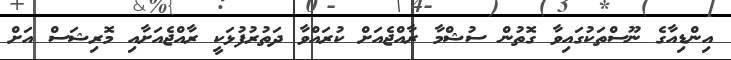
އިންޑިއާގެ ނޫސްތަކުގައިވާ ގޮތުން ސުޝްމާ ރާއްޖެއަށް ކުރައްވާ ދަތުރުފުޅަކީ ރާއްޖެއަށާއި މޮރިޝަސް އަށް